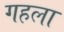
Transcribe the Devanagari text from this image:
गहला